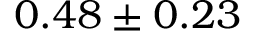
0 . 4 8 \pm 0 . 2 3